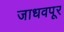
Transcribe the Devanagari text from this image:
जाधवपूर